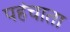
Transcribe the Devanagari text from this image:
पहंचाता